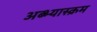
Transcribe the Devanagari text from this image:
अब्भ्यास्क्रम